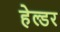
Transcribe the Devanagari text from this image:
हेल्डर